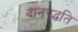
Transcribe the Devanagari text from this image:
दानपद्धति